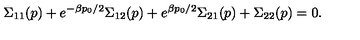
\Sigma _ { 1 1 } ( p ) + e ^ { - \beta p _ { 0 } / 2 } \Sigma _ { 1 2 } ( p ) + e ^ { \beta p _ { 0 } / 2 } \Sigma _ { 2 1 } ( p ) + \Sigma _ { 2 2 } ( p ) = 0 .